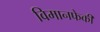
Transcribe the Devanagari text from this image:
विमानफेकी